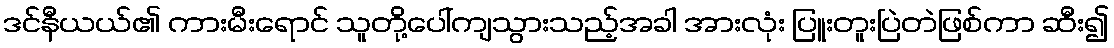
ဒင်နီယယ်၏ ကားမီးရောင် သူတို့ပေါ်ကျသွားသည့်အခါ အားလုံး ပြူးတူးပြဲတဲဖြစ်ကာ ဆီး၍